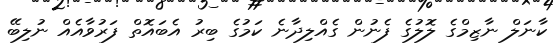
ކާނަލް ނާޒިމްގެ ލޮލުގެ ފެނުން ގެއްލިދާނެ ކަމުގެ ބިރު އެބައޮތް ފަރުވާއެއް ނުލިބޭ